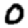
Digit: 0